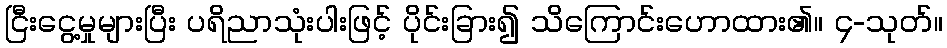
ငြီးငွေ့မှုများပြီး ပရိညာသုံးပါးဖြင့် ပိုင်းခြား၍ သိကြောင်းဟောထား၏။ ၄-သုတ်။